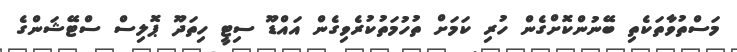
މަސްތުވާތަކެތި ބޭނުންކޮށްގެން ހުރި ކަމަށް ތުހުމަތުކުރެވިގެން އައްޑޫ ސިޓީ ހިތަދޫ ޕޮލިސް ސްޓޭޝަންގެ